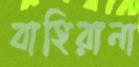
বাহিরানা